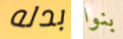
بدله بنوا